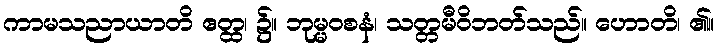
ကာမသညာယာတိ ဧတ္ထ၊ ၌။ ဘုမ္မဝစနံ၊ သတ္တမီဝိဘတ်သည်။ ဟောတိ၊ ၏။